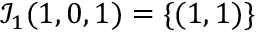
\mathcal { I } _ { 1 } ( 1 , 0 , 1 ) = \{ ( 1 , 1 ) \}